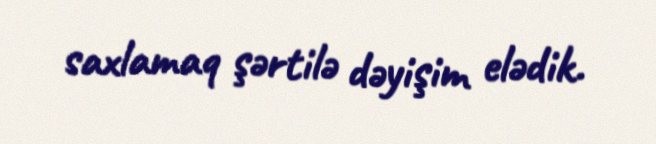
saxlamaq şərtilə dəyişim elədik.